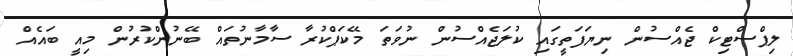
ލިޕްސްޓިކް ޖެއްސުން ނިޔަފަތީގައި ކުލަޖެއްސުން ނުވަތަ މޭކަޕްކުރާ ސާމާނުތައް ބޭނުންކުރުން މިއީ ބައެއް